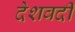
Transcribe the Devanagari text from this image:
देशवर्दी